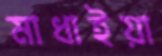
মাধাইয়া